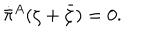
\dot { \bar { \pi } } { } ^ { A } ( \zeta + \bar { \zeta } ) = 0 .